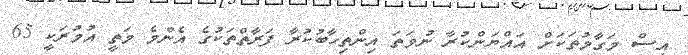
އިސް މަގާމުތަކަށް އައްޔަންކުރާ ނުވަތަ އިންތިހާބުކުރާ ފަރާތްތަކުގެ އެންމެ މަތީ އުމުރަކީ 65